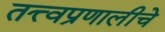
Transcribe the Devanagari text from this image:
तत्त्वप्रणालीचे